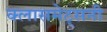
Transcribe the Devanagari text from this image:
क्लासमेट्सनी